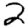
Digit: 2